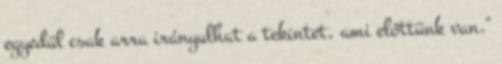
egyedül csak arra irányulhat a tekintet, ami előttünk van."